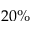
2 0 \%